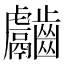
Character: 𪙿